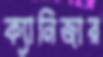
ক্যানিজার